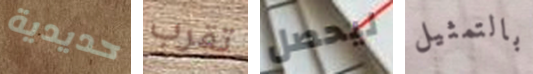
حديدية تقرب ليحصل بالتمثيل